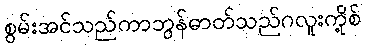
စွမ်းအင်သည်ကာဘွန်ဓာတ်သည်ဂလူးကို့စ်